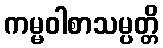
ကမ္မဝါစာသမ္ပတ္တိ